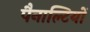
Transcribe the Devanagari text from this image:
पैनाल्टियों